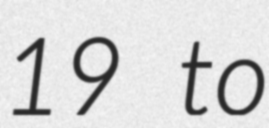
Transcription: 19 to